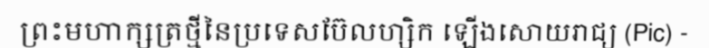
ព្រះមហាក្សត្រថ្មីនៃប្រទេសប៊ែលហ្សិក ឡើងសោយរាជ្យ (Pic) -